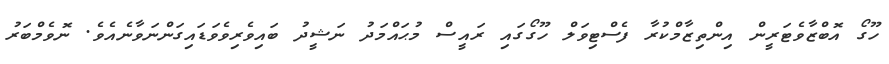
ހޫގޯ އޮބްޒާވެޓަރީން އިންތިޒާމްކުރާ ފެސްޓިވަލް ހޫގޯގައި ރައީސް މުޙައްމަދު ނަޝީދު ބައިވެރިވެވަޑައިގަންނަވާނެއެވެ. ނޮވެމްބަރު